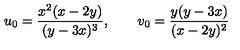
u _ { 0 } = \frac { x ^ { 2 } ( x - 2 y ) } { ( y - 3 x ) ^ { 3 } } , \qquad v _ { 0 } = \frac { y ( y - 3 x ) } { ( x - 2 y ) ^ { 2 } }